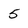
Character: 5